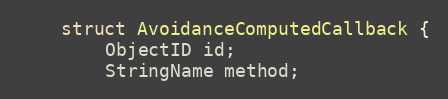
Language: C
	struct AvoidanceComputedCallback {
		ObjectID id;
		StringName method;